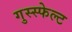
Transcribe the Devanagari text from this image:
गुस्स्फेल्ट